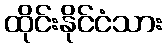
ထိုင်းနိုင်ငံသား